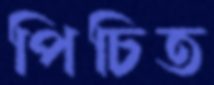
পিচিত